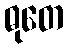
ဓုတေ